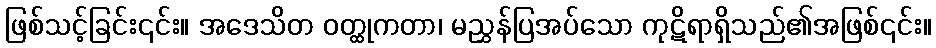
ဖြစ်သင့်ခြင်း၎င်း။ အဒေသိတ ဝတ္ထုကတာ၊ မညွှန်ပြအပ်သော ကုဋိရာရှိသည်၏အဖြစ်၎င်း။